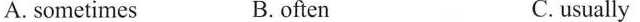
A. sometimes B.often C.usually